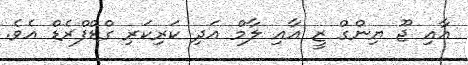
އާއި ޖޫ ޔިންގް ޒީ އާއި ލާމް އަދި ކަރިކަރި ގްޑްފްރެޑް އެވެ.